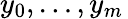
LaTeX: y_{0},\ldots,y_{m}\,